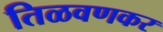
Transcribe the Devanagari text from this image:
तिळवणकर